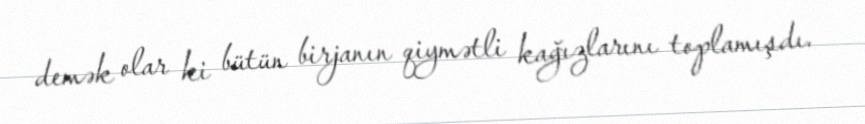
demək olar ki bütün birjanın qiymətli kağızlarını toplamışdı.